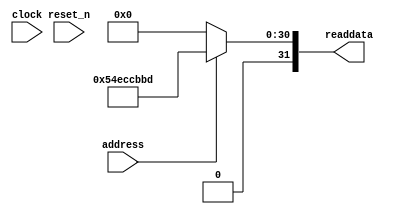
module tracking_camera_system_sysid_qsys_0 (
                address,
                clock,
                reset_n,
                readdata
             )
;
  output  [ 31: 0] readdata;
  input            address;
  input            clock;
  input            reset_n;
  wire    [ 31: 0] readdata;
  assign readdata = address ? 1424804797 : 0;
endmodule